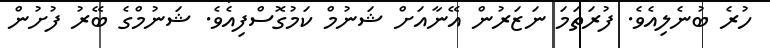
ހުރެ ބުނެލިއެވެ. ފުރަތަމަ ނަޒަރުން އޭނާއަށް ޝަނުމް ކަމުގޮސްފިއެވެ. ޝަނުމްގެ ބޭރު ފުށުން